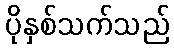
ပိုနှစ်သက်သည်